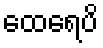
ထေရေပိ